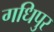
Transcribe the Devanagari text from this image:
गधिपुर